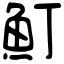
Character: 䰳